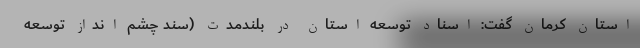
استان کرمان گفت: اسناد توسعه استان در بلندمدت (سند چشم انداز توسعه